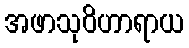
အဖာသုဝိဟာရာယ